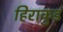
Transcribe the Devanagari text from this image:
हिराकुड